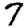
Digit: 7